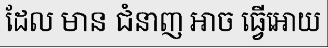
ដែល មាន ជំនាញ អាច ធ្វើអោយ